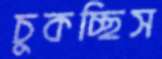
চুকচ্ছিস